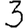
Digit: 3